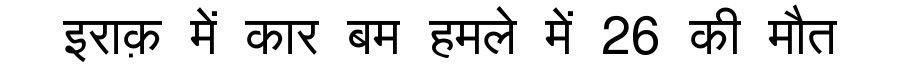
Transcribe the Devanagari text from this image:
इराक़ में कार बम हमले में 26 की मौत